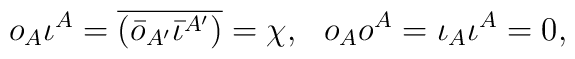
o_A\iota^A =\overline{(\bar{o}_{A'}\bar{\iota}^{A'})} = \chi, \,\,\,\,o_Ao^A = \iota_A\iota^A = 0,